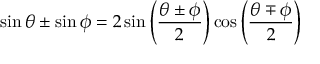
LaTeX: \sin \theta \pm \sin \phi = 2 \sin \left( { \frac { \theta \pm \phi } { 2 } } \right) \cos \left( { \frac { \theta \mp \phi } { 2 } } \right)